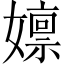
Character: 𫲃